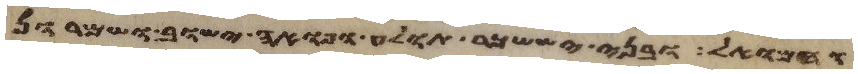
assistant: וחמואל ובני יששכר תולע ופואה ישוב ושמרון